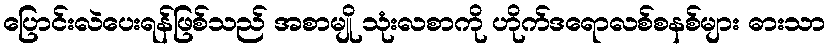
ပြောင်းလဲပေးရန်ဖြစ်သည် အစာမျို သုံးလစာကို ဟိုက်ဒရောလစ်စနစ်များ ဓားသာ